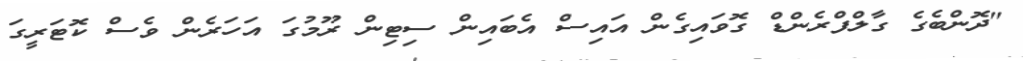
"ދޮންބެގެ ގާލްފްރެންޑް ގޮވައިގެން އައިސް އެބައިން ސިޓިން ރޫމުގަ އަހަރެން ވެސް ކޮޓަރީގަ